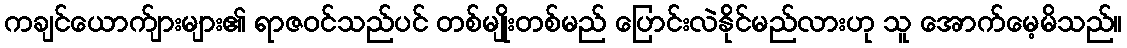
ကချင်ယောက်ျားများ၏ ရာဇဝင်သည်ပင် တစ်မျိုးတစ်မည် ပြောင်းလဲနိုင်မည်လားဟု သူ အောက်မေ့မိသည်။